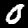
Label: 0